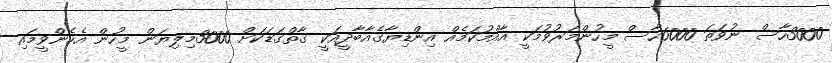
3000ހާސް ނުވަތަ 6000ހާސް މީހުންމަރުވުމަކީ އާއްމުކަމެއް އިންޑިޔާގެއާބާދީއަކީ ގާތްގަޑަކަށް 3000މިލިޔަން މީހުން އެހެންވީމައި